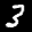
Label: 3